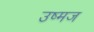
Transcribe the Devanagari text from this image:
उष्मज